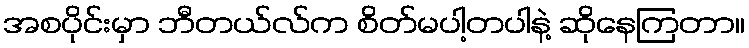
အစပိုင်းမှာ ဘီတယ်လ်က စိတ်မပါ့တပါနဲ့ ဆိုနေကြတာ။